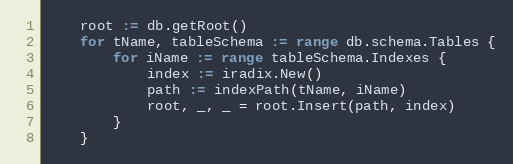
Language: Go
	root := db.getRoot()
	for tName, tableSchema := range db.schema.Tables {
		for iName := range tableSchema.Indexes {
			index := iradix.New()
			path := indexPath(tName, iName)
			root, _, _ = root.Insert(path, index)
		}
	}